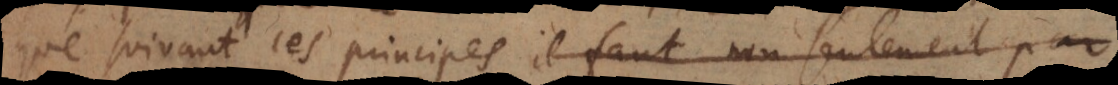
que suivant ces principes il faut non seulement par